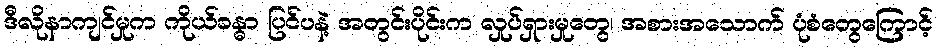
ဒီလိုနာကျင်မှုက ကိုယ်ခန္ဓာ ပြင်ပနဲ့ အတွင်းပိုင်းက လှုပ်ရှားမှုတွေ၊ အစားအသောက် ပုံစံတွေကြောင့်